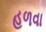
હળવા